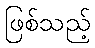
ဖြစ်သည့်